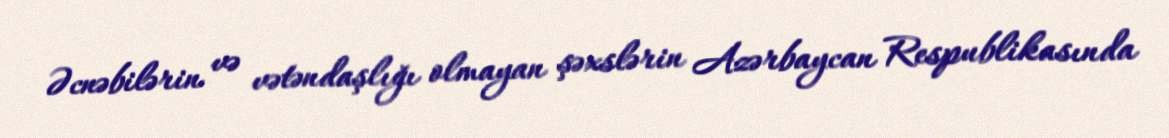
Əcnəbilərin və vətəndaşlığı olmayan şəxslərin Azərbaycan Respublikasında